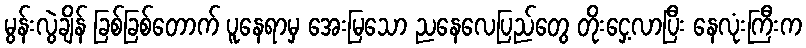
မွန်းလွဲချိန် ခြစ်ခြစ်တောက် ပူနေရာမှ အေးမြသော ညနေလေပြည်တွေ တိုးငှေ့လာပြီး နေလုံးကြီးက